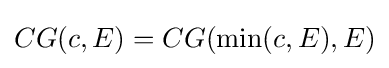
CG(c,E)=CG(\min(c,E),E)